Civil Veterinary Dept. North-West Frontier Province 1901-22 - 1901-1922
Year: 1901
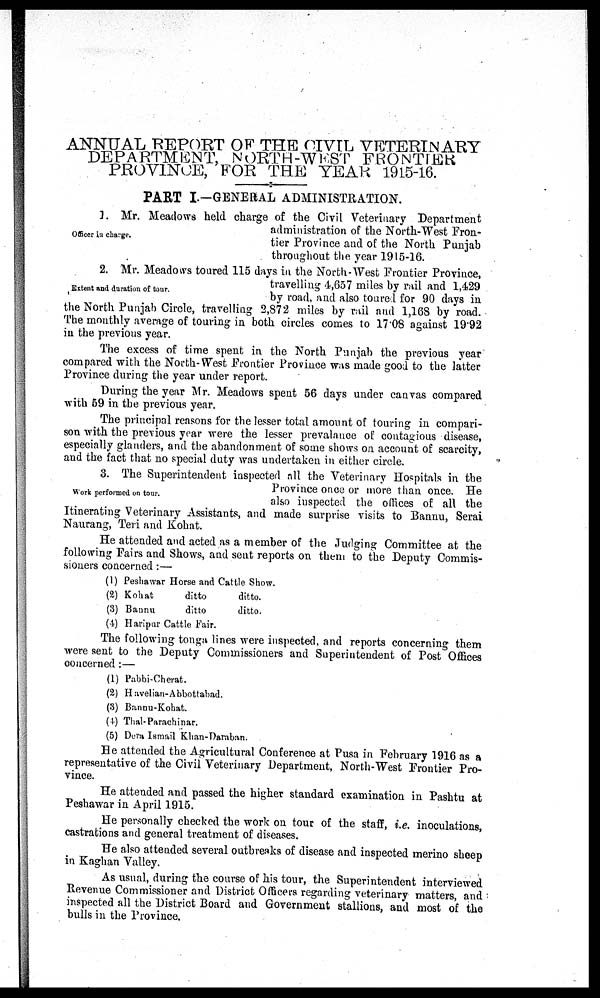
ANNUAL REPORT OF THE CIVIL VETERINARY
DEPARTMENT, NORTH-WEST FRONTIER
PROVINCE, FOR THE YEAR 1915-16.
------x------
PART I.—GENERAL ADMINISTRATION.
Officer in charge.
1. Mr. Meadows held charge of the Civil Veterinary Department
administration of the North-West Fron-
tier Province and of the North Punjab
throughout the year 1915-16.
Extent and duration of tour.
2. Mr. Meadows toured 115 days in the North-West Frontier Province,
travelling 4,657 miles by rail and 1,429
by road, and also toured for 90 days in
the North Punjab Circle, travelling 2,872 miles by rail and 1,168 by road.
The monthly average of touring in both circles comes to 17.08 against 19.92
in the previous year.
The excess of time spent in the North Punjab the previous year
compared with the North-West Frontier Province was made good to the latter
Province during the year under report.
During the year Mr. Meadows spent 56 days under canvas compared
with 59 in the previous year.
The principal reasons for the lesser total amount of touring in compari-
son with the previous year were the lesser prevalance of contagious disease,
especially glanders, and the abandonment of some shows on account of scarcity,
and the fact that no special duty was undertaken in either circle.
Work performed on tour.
3. The Superintendent inspected all the Veterinary Hospitals in the
Province once or more than once. He
also inspected the offices of all the
Itinerating Veterinary Assistants, and made surprise visits to Bannu, Serai
Naurang, Teri and Kohat.
He attended and acted as a member of the Judging Committee at the
following Fairs and Shows, and sent reports on them to the Deputy Commis-
sioners concerned:—
(1)
(2)
(3)
(4)
Peshawar Horse and Cattle Show.
Kohat
Bannu
ditto
ditto
Haripur Cattle Fair.
ditto.
ditto.
The following tonga lines were inspected, and reports concerning them
were sent to the Deputy Commissioners and Superintendent of Post Offices
concerned:—
(1) Pabbi-Cherat.
(2) Havelian-Abbottabad.
(3) Bannu-Kohat.
(4) Thal-Parachinar.
(5) Dera Ismail Khan-Daraban.
He attended the Agricultural Conference at Pusa in February 1916 as a
representative of the Civil Veterinary Department, North-West Frontier Pro-
vince.
He attended and passed the higher standard examination in Pashtu at
Peshawar in April 1915.
He personally checked the work on tour of the staff, i.e. inoculations,
castrations and general treatment of diseases.
He also attended several outbreaks of disease and inspected merino sheep
in Kaghan Valley.
As usual, during the course of his tour, the Superintendent interviewed
Revenue Commissioner and District Officers regarding veterinary matters, and
inspected all the District Board and Government stallions, and most of the
bulls in the Province.